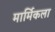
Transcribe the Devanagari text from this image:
मार्मिकला